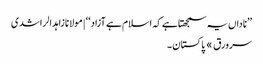
’’ناداں یہ سمجھتا ہے کہ اسلام ہے آزاد‘‘ | مولانا زاہد الراشدی
سرورق » پاکستان ۔